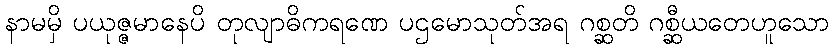
နာမမှိ ပယုဇ္ဇမာနေပိ တုလျာဓိကရဏေ ပဌမောသုတ်အရ ဂစ္ဆတိ ဂစ္ဆီယတေဟူသော